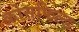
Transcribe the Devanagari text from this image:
क्रोसफिल्ड